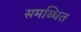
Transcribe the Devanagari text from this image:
समब्धित